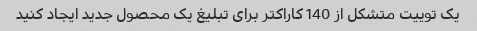
یک توییت متشکل از 140 کاراکتر برای تبلیغ یک محصول جدید ایجاد کنید